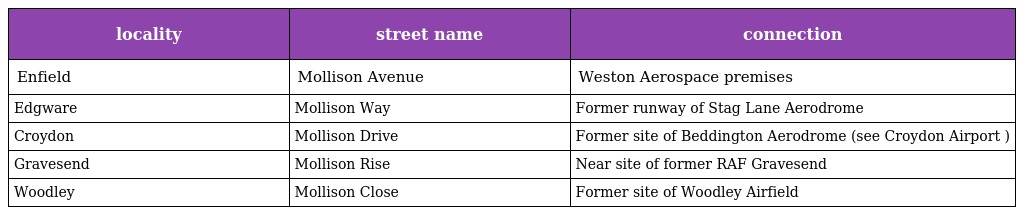
| locality | street name | connection |
 | --- | --- | --- |
 | Enfield | Mollison Avenue | Weston Aerospace premises |
 | Edgware | Mollison Way | Former runway of Stag Lane Aerodrome |
 | Croydon | Mollison Drive | Former site of Beddington Aerodrome (see Croydon Airport ) |
 | Gravesend | Mollison Rise | Near site of former RAF Gravesend |
 | Woodley | Mollison Close | Former site of Woodley Airfield |